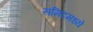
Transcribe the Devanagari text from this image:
समिटमध्ये